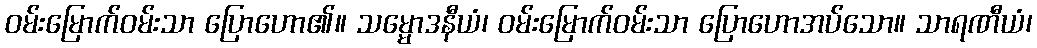
ဝမ်းမြောက်ဝမ်းသာ ပြောဟော၏။ သမ္မောဒနီယံ၊ ဝမ်းမြောက်ဝမ်းသာ ပြောဟောအပ်သော။ သာရဏီယံ၊